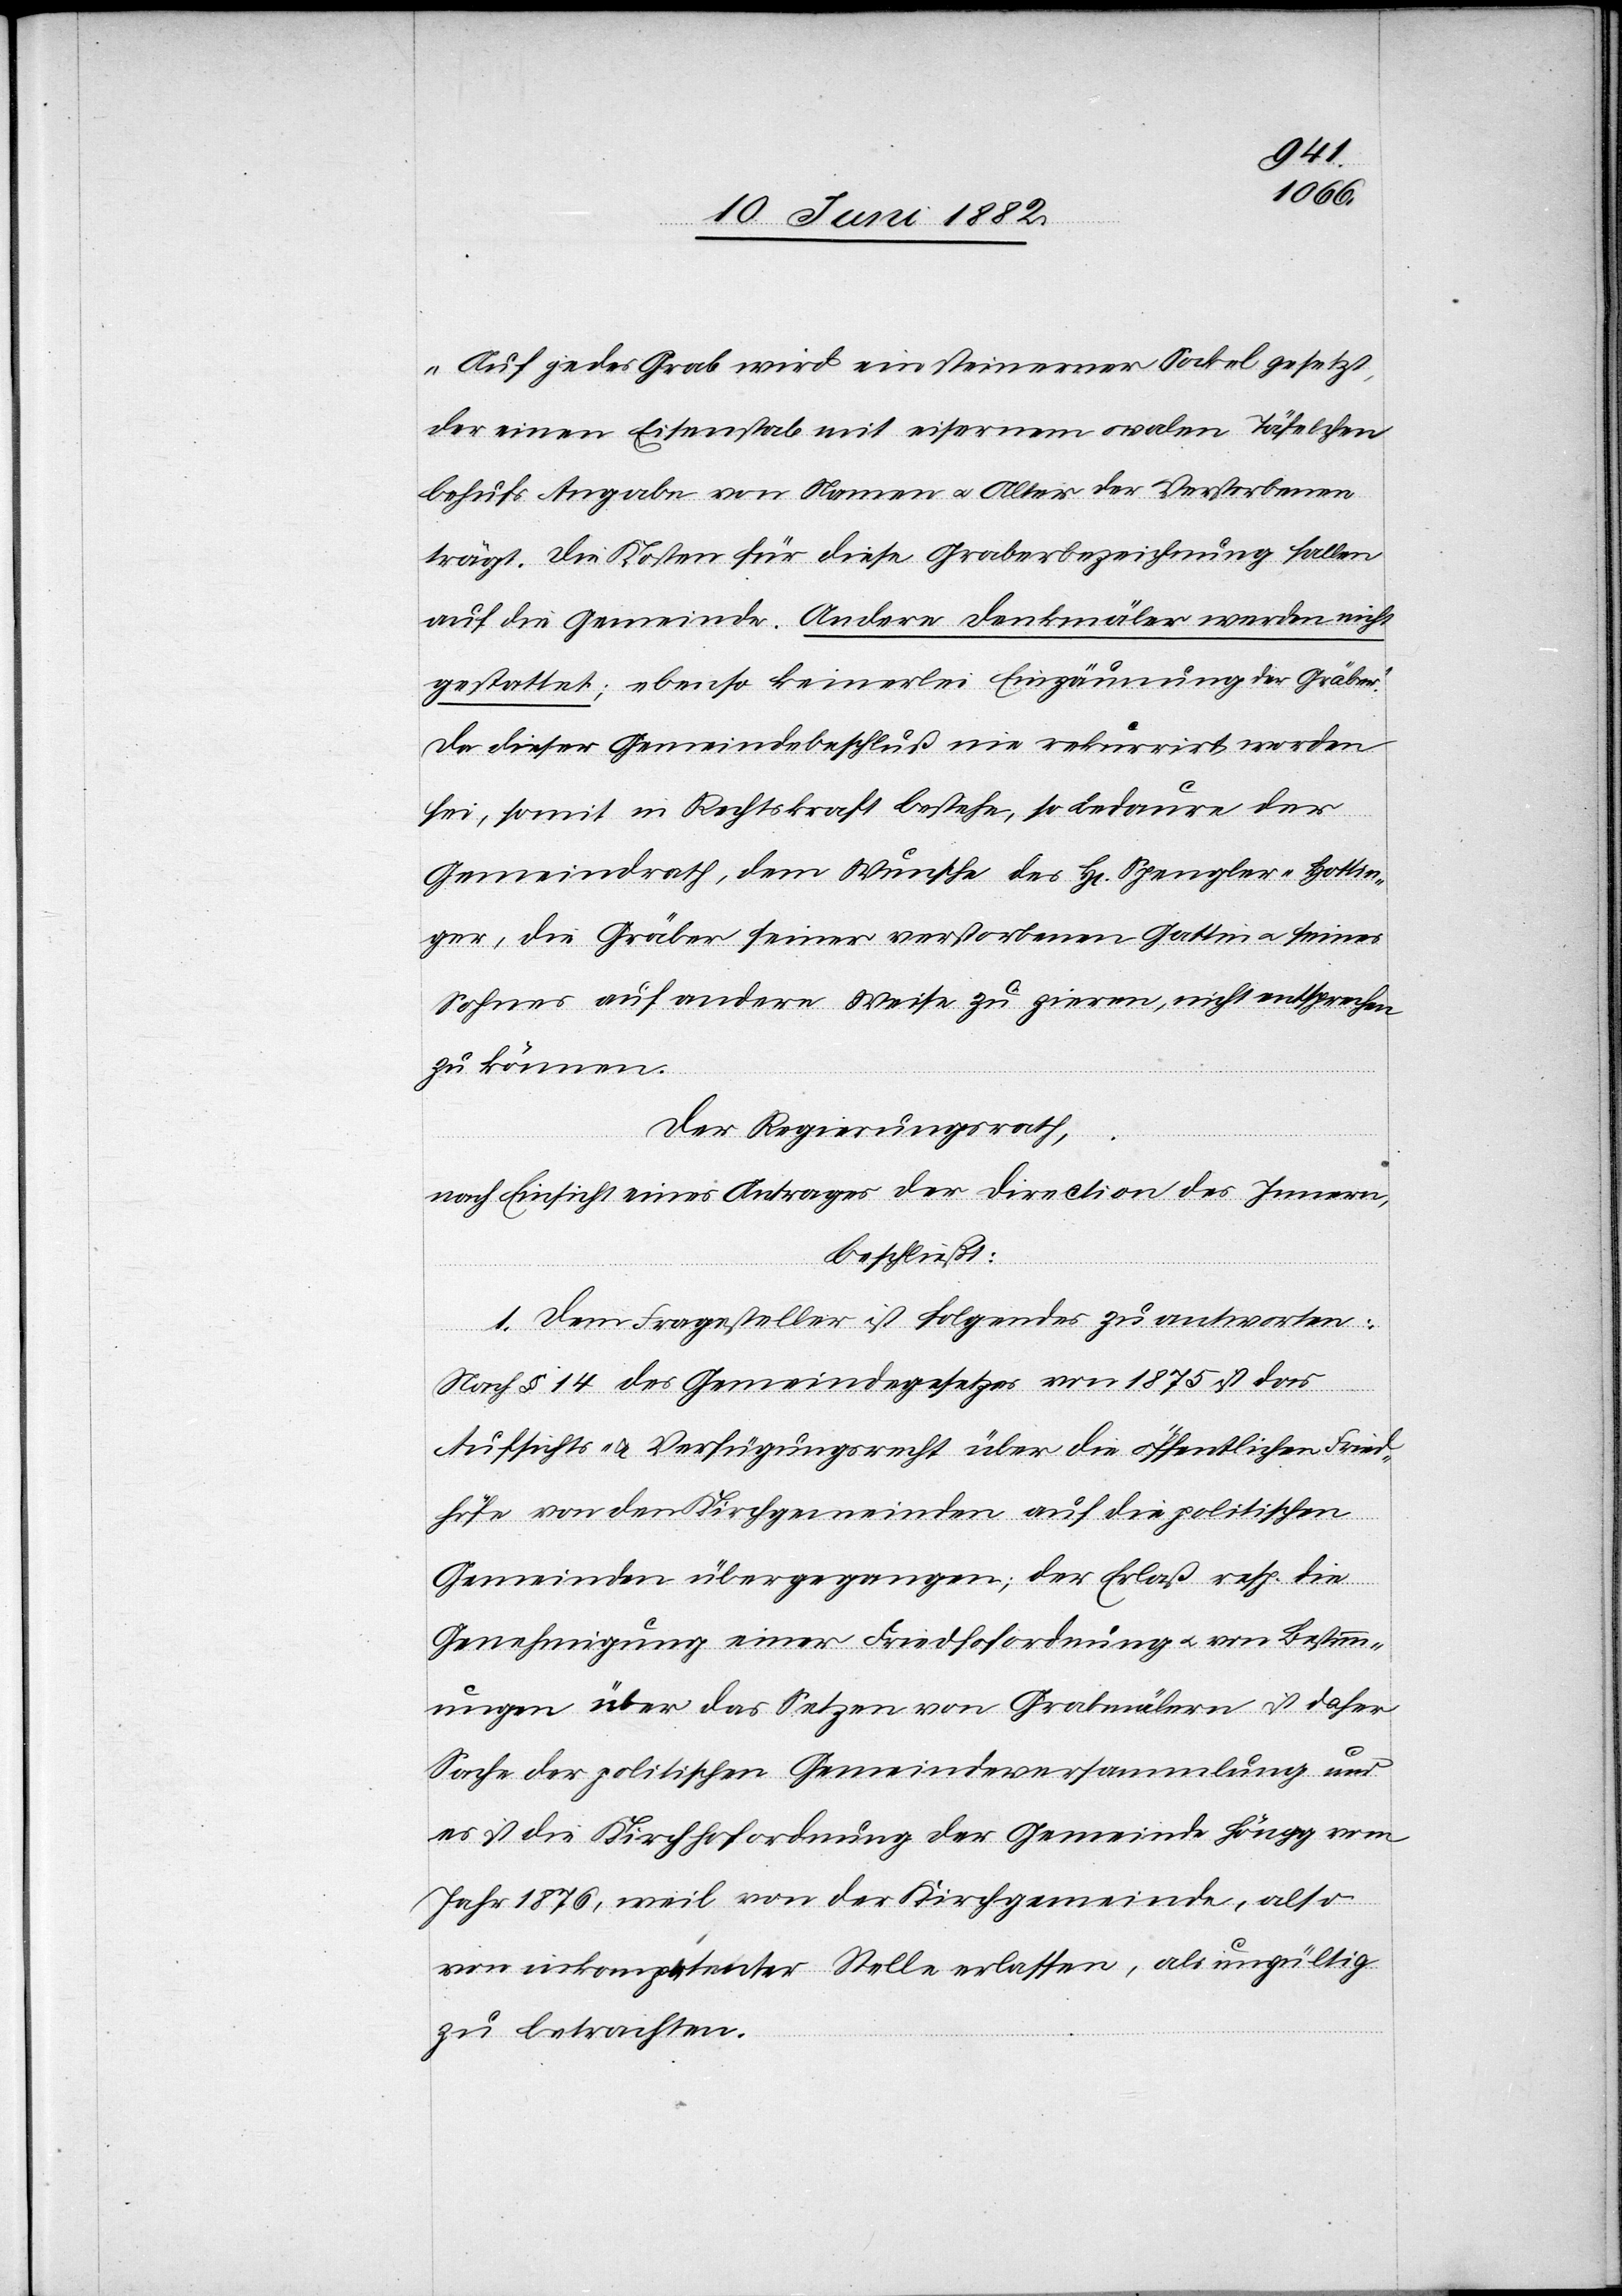
er
„Auf jedes Grab wird ein steinerner Sockel gesetzt,
der einen Eisenstab mit eisernem ovalen Täfelchen
behufs Angabe von Namen u. Alter des Verstorbenen
trägt. Die Kosten für diese Gräberbezeichnung fallen
auf die Gemeinde. Andere Denkmäler werden nicht
gestattet; ebenso keinerlei Einzäunungen der Gräber.“
Da dieser Gemeindebeschluß nie rekurrirt worden
sei, somit in Rechtskraft bestehe, so bedauere der
Gemeindrath, dem Wunsche des H[rn]. Spengler-Hottin¬
ger, die Gräber seiner verstorbenen Gattin u. seines
Sohnes auf andere Weise zu zieren, nicht entsprechen
zu können.
Der Regierungsrath,
nach Einsicht eines Antrages der Direction des Innern,
beschließt:
1. Dem Fragesteller ist Folgendes zu antworten:
Nach § 14 des Gemeindegesetzes von 1875 ist das
Aufsichts- & Verfügungsrecht über die öffentlichen Fried¬
höfe von den Kirchgemeinden auf die politischen
Gemeinden übertragen; der Erlaß resp. die
Genehmigung einer Friedhofordnung ist
Sache der politischen Gemeindeversammlung und
es ist die Kirchhofordnung der Gemeinde Höngg vom
Jahr 1876, weil von der Kirchgemeinde, also
von inkompetenter Stelle erlassen, als ungültig
zu betrachten.